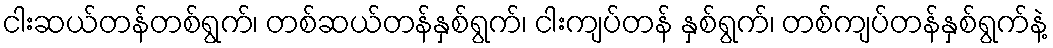
ငါးဆယ်တန်တစ်ရွက်၊ တစ်ဆယ်တန်နှစ်ရွက်၊ ငါးကျပ်တန် နှစ်ရွက်၊ တစ်ကျပ်တန်နှစ်ရွက်နဲ့